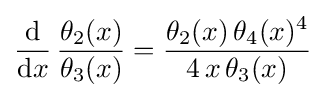
{\frac {\mathrm {d} }{\mathrm {d} x}}\,{\frac {\theta _{2}(x)}{\theta _{3}(x)}}={\frac {\theta _{2}(x)\,\theta _{4}(x)^{4}}{4\,x\,\theta _{3}(x)}}